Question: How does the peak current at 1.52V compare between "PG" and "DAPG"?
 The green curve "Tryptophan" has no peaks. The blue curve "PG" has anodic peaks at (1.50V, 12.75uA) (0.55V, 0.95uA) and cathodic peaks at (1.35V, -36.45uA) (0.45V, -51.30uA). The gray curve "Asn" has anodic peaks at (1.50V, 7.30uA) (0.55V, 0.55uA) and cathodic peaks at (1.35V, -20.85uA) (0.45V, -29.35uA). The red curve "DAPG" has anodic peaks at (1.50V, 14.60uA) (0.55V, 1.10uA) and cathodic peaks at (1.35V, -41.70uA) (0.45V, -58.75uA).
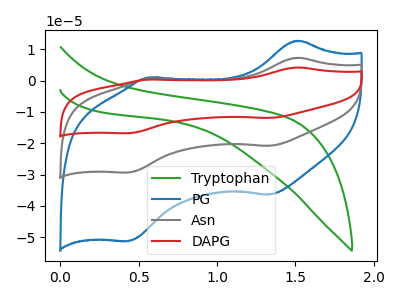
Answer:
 <answer>The peak at 1.52V is lower in "PG" than in "DAPG".</answer>
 <eval>lower</eval>